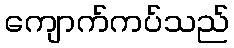
ကျောက်ကပ်သည်